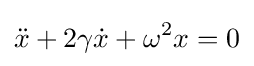
{\ddot {x}}+2\gamma {\dot {x}}+\omega ^{2}x=0